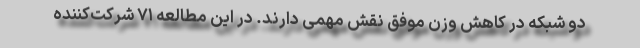
دو شبکه در کاهش وزن موفق نقش مهمی دارند. در این مطالعه ۷۱ شرکت‌کننده